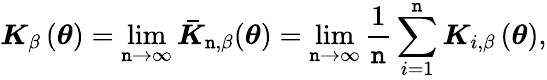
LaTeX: \boldsymbol{K}_{\beta}\left(\boldsymbol{\theta}\right)=\operatorname*{lim}_{\mathtt{n}\rightarrow\infty}\boldsymbol{\bar{{K}}}_{\mathtt{n},\beta}(\boldsymbol{\theta})=\operatorname*{lim}_{\mathtt{n}\rightarrow\infty}\frac{{1}}{{\mathtt{n}}}\sum_{i=1}^{\mathtt{n}}\boldsymbol{K}_{i,\beta}\left(\boldsymbol{\theta}\right),